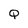
Character: Q